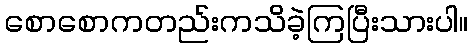
စောစောကတည်းကသိခဲ့ကြပြီးသားပါ။